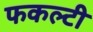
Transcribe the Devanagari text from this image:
फकल्टी